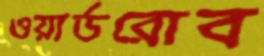
ওয়ার্ডরোব